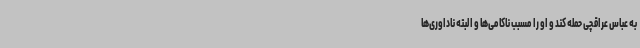
به عباس عراقچی حمله کند و او را مسبب ناکامی‌ها و البته ناداوری‌ها